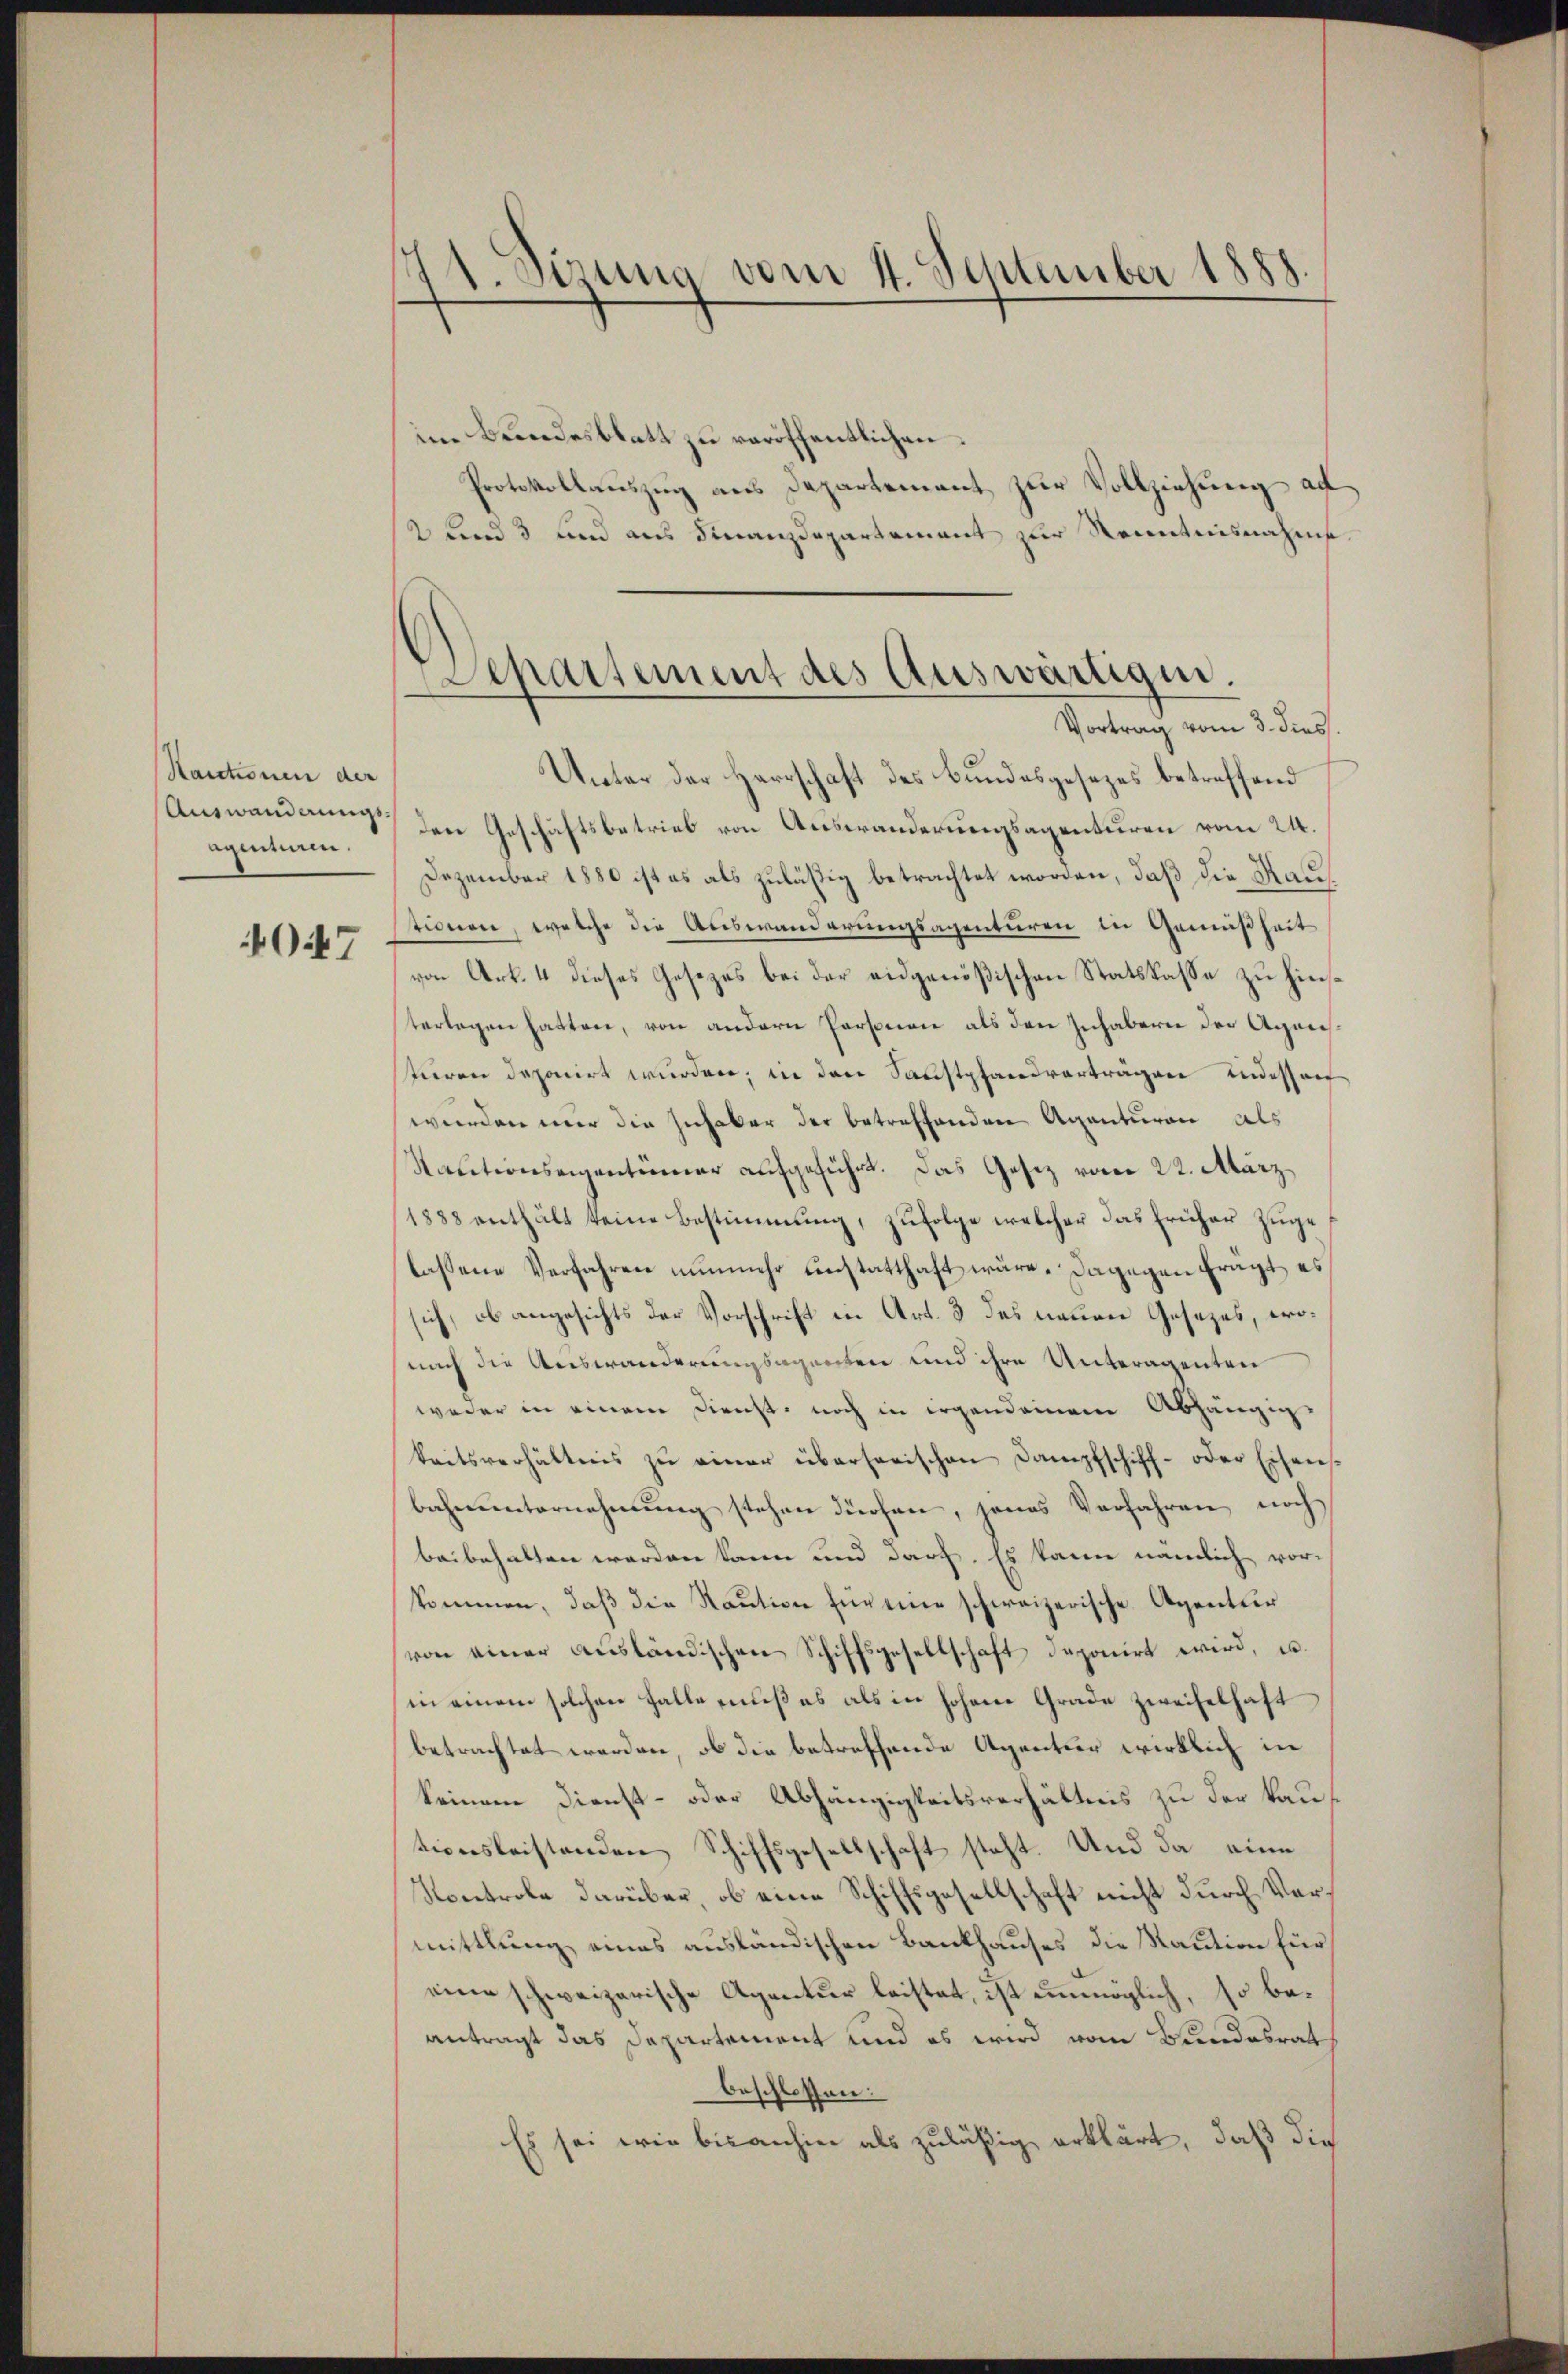
Kautionen der
Auswandlungsagintien.

O.47

1. Sizung vom 4. September 1888.

Separtement des Auswärtigen.
Vortrag vom 3. dies

im Brandesblatt zu veröffentlichen.
Protokollauszug aus Departement zur Vollziehung ad
2 Kind 3 und aus Finanzdepartement zur Kenntnisnahme
Unter der Herrschaft des Bundesgesezes betreffend
den Geschäftsbetrieb von Auswanderungsagenturen vom 24.
Dezember 1880 ist es als zuläßig betrachtet worden, daß die Rautionen, welche die Auswanderungsagenturen in Gemäßheit
von Art. 4 dieses Gesezes bei der eidgenößischen Statskasse zu hinsterlegen hatten, von andern Personen als den Inhabern der Agnestieren deponirt wurden, in den Saustpfandverträgen indessor
wurden mir die Zuhaber der betreffenden Agenturen als
Kautionseigentümer aufgeführt. Das Gesetz vom 22. März
1888 enthält keine Bestimmung, zufolge welcher das früher zugelassene Verfahren nunmehr anstatthaft wäre. Dagegen fragt, es
sich, ob angesichts der Vorschrift in Art. 3 des neuen Gesezes, wonach die Auswanderungsagenten und ihre Unteragenten
weder in einem Direcht, noch in irgendeinem Abhängig
keitsverhältnis zŭ einer überherischen Dampfschiff- oder Eisensbahnunternehmung stehen dürfen, jenes Verfahren noch
beibehalten werden kann und darf. Es kann nämlich vor-
kommen, daß die Raution für eine schweizerische Agentur
von einer Aŭsländischen Schiffsgesellschaft deponirt wird, u.
in einem solchen Falle muß es als in hohene Grade zweifelhaft
betrachtet werden, ob die betreffende Agentur wirklich in
keinem Dienst- oder Abhängigkeitsverhältnis zu der kautionsleistenden Schiffsgesellschaft steht. Und da eine
Kontrole darüber, ob eine Schiffsgesellschaft nicht durch Vermittlung eines ausländischen Bankhauses die Raution für
eine schweizerische Agentur leistet, ist unmöglich, so beantragt das Departement und es wird vom Bundesrat
beschlossen:
Es sei wie bisanhin als zuläßig erklärt, daß die